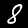
Label: 8